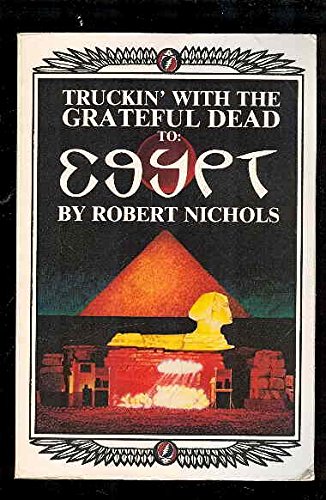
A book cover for Truckin' with the Grateful Dead to Egypt; Robert Nichols; Religion & Spirituality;